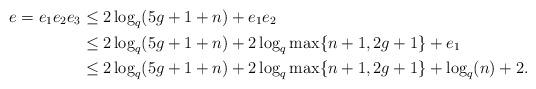
LaTeX: \begin{align*}e=e_1e_2e_3 & \le 2\log_{q}(5g + 1+n)+e_1e_2 \\ & \le 2\log_{q}(5g + 1+n)+2\log_{q} \max\{n+1,2g + 1\}+e_1\\ & \le 2\log_{q}(5g + 1+n)+2\log_{q} \max\{n+1,2g + 1\}+\log_q(n)+2.\end{align*}